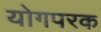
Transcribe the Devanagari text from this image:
योगपरक